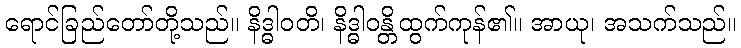
ရောင်ခြည်တော်တို့သည်။ နိဒ္ဓါဝတိ၊ နိဒ္ဓါဝန္တိထွက်ကုန်၏။ အာယု၊ အသက်သည်။